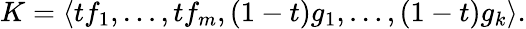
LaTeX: K=\langle tf_{1},\ldots,tf_{m},(1-t)g_{1},\ldots,(1-t)g_{k}\rangle.